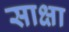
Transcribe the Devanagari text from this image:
साक्षा